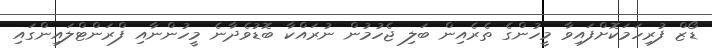
ޑޯޒް ފުރިހަމަކޮށްފައިވާ މީހުންގެ ތެރެއިން ބަލި ޖެހުމުން ނުރައްކާ ބޮޑުވެދާނެ މީހުންނާއި ފްރަންޓްލައިންގައި